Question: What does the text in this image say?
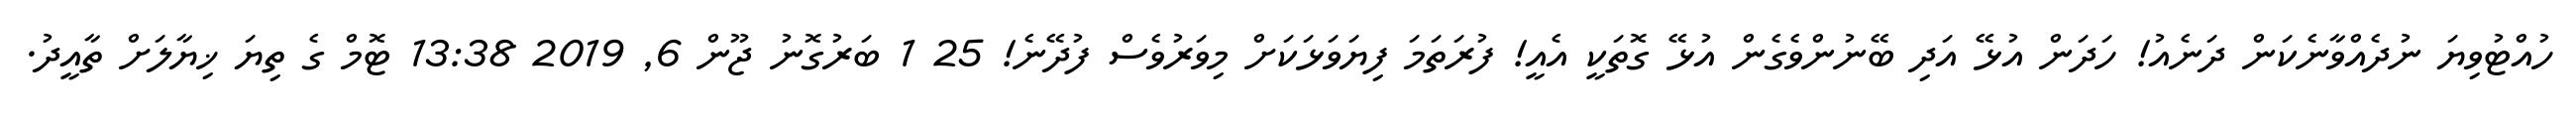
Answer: ހުއްޓުވިޔަ ނުދެއްވާނެކަން ދަނެއު! ހަދަން އުޅޭ އަދި ބޭނުންވެގެން އުޅޭ ގޮތަކީ އެއީ! ފުރަތަމަ ފިޔަވަޅަކަށް މިވަރުވެސް ފުދޭނެ! 25 1 ބަރުގޮނު ޖޫން 6, 2019 13:38 ޓޮމް ގެ ތިޔަ ޚިޔާލަށް ތާއީދު.